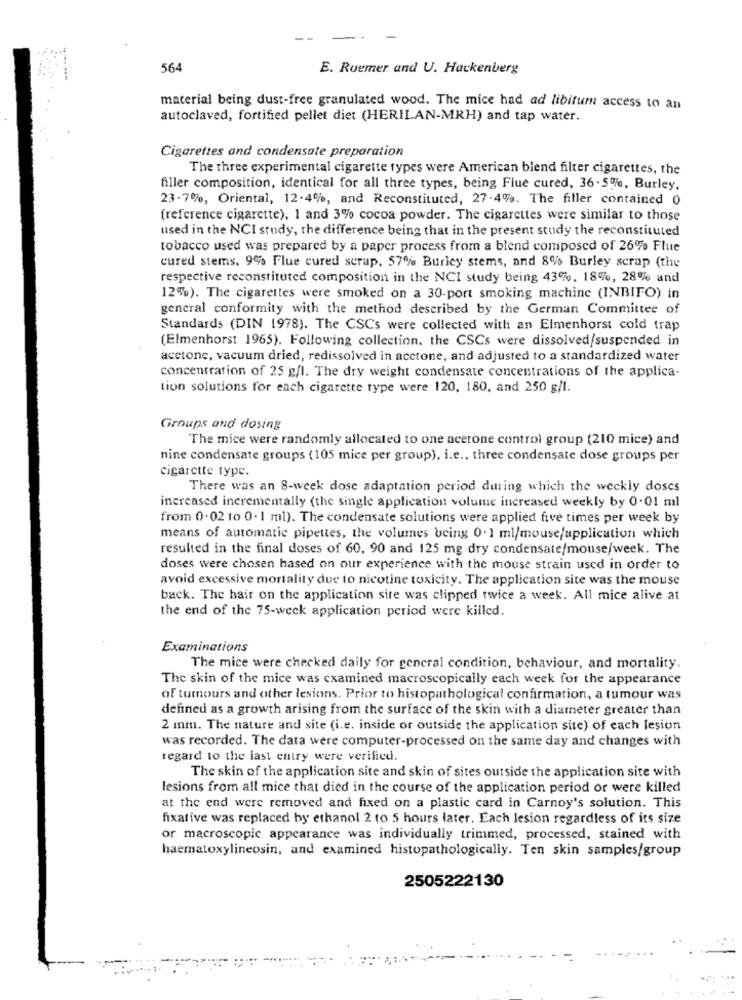
564
E. Roemer and U. Hackenberg
material being dust-free granulated wood. The mice had ad libitum access to an
autoclaved, fortified pellet diet (HERILAN-MRH) and tap water.
Cigarettes and condensate preparation
The three experimental cigarette types were American blend filter cigarettes, the
filler composition, identical for all three types, being Flue cured, 36-5%, Burley.
23 -7%, Oriental, 12-4%, and Reconstituted, 27-4%. The filler contained 0
(reference cigarette), 1 and 3% cocoa powder. The cigarettes were similar to those
used in the NCI study, the difference being that in the present study the reconstituted
tobacco used was prepared by a paper process from a blend composed of 26% Flue
cured stems, 9% Flue cured scrap, 57% Buricy stems, and 8% Burley scrap (the
respective reconstituted composition in the NCI study being 43%, 18%, 28% and
12%). The cigarettes were smoked on a 30-port smoking machine (INBIFO) in
general conformity with the method described by the German Committee of
Standards (DIN 1978). The CSCs were collected with an Elmenhorst cold trap
(Elmenhorst 1965). Following collection, the CSCs were dissolved/suspended in
acetone, vacuum dried, redissolved in acctone, and adjusted to a standardized water
concentration of 25 g/l. The dry weight condensate concentrations of the applica-
tion solutions for each cigarette type were 120, 180, and 250 g/l.
Groups and dosing
The mice were randomly allocated to one acetone control group (210 mice) and
nine condensate groups (105 mice per group), i.e ., three condensate dose groups per
cigarette type.
There was an 8-week dose adaptation period during which the weekly doses
increased incrementally (the single application volume increased weekly by 0.01 ml
from 0.02 to 0. 1 ml). The condensate solutions were applied five times per week by
means of automatic pipettes, the volumes being 0. 1 ml/mouse/application which
resulted in the final doses of 60, 90 and 125 mg dry condensate/mouse/week. The
doses were chosen based on our experience with the mouse strain used in order to
avoid excessive mortality due to nicotine toxicity. The application site was the mouse
back. The hair on the application site was clipped twice a week. All mice alive at
the end of the 75-weck application period were killed.
Examinations
The mice were checked daily for general condition, behaviour, and mortality.
The skin of the mice was examined macroscopically each week for the appearance
of tumours and other lesions. Prior to histopathological confirmation, a tumour was
defined as a growth arising from the surface of the skin with a diameter greater than
2 mm. The nature and site (i.e. inside or outside the application site) of each lesion
was recorded. The data were computer-processed on the same day and changes with
regard to the last entry were verified.
The skin of the application site and skin of sites outside the application site with
lesions from all mice that died in the course of the application period or were killed
at the end were removed and fixed on a plastic card in Carnoy's solution. This
fixative was replaced by ethanol 2 to 5 hours later. Each lesion regardless of its size
or macroscopic appearance was individually trimmed, processed, stained with
haematoxylineosin, and examined histopathologically. Ten skin samples/group
2505222130